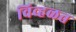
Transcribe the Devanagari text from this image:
विव्हळत